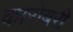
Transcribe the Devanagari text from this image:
कारोबरी